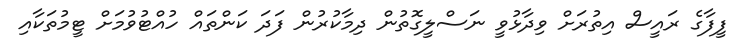
ފީފާގެ ރައީސް އިތުރަށް ވިދާޅުވީ ނަސްލީގޮތުން ދިމާކުރުން ފަދަ ކަންތައް ހުއްޓުވުމަށް ޓީމުތަކާއި